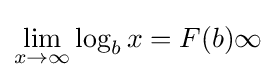
\lim _{x\to \infty }\log _{b}x=F(b)\infty